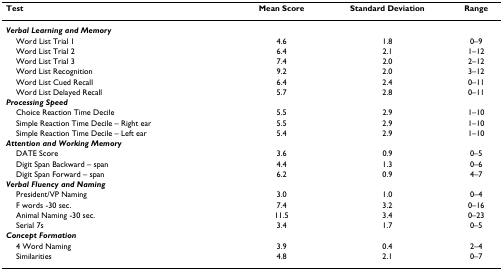
<table><thead><tr><td><b>Test</b></td><td><b>Mean Score</b></td><td><b>Standard Deviation</b></td><td><b>Range</b></td></tr></thead><tbody><tr><td><b><i>Verbal Learning and Memory</i></b></td><td></td><td></td><td></td></tr><tr><td> Word List Trial 1</td><td>4.6</td><td>1.8</td><td>0–9</td></tr><tr><td> Word List Trial 2</td><td>6.4</td><td>2.1</td><td>1–12</td></tr><tr><td> Word List Trial 3</td><td>7.4</td><td>2.0</td><td>2–12</td></tr><tr><td> Word List Recognition</td><td>9.2</td><td>2.0</td><td>3–12</td></tr><tr><td> Word List Cued Recall</td><td>6.4</td><td>2.4</td><td>0–11</td></tr><tr><td> Word List Delayed Recall</td><td>5.7</td><td>2.8</td><td>0–11</td></tr><tr><td><b><i>Processing Speed</i></b></td><td></td><td></td><td></td></tr><tr><td> Choice Reaction Time Decile</td><td>5.5</td><td>2.9</td><td>1–10</td></tr><tr><td> Simple Reaction Time Decile – Right ear</td><td>5.5</td><td>2.9</td><td>1–10</td></tr><tr><td> Simple Reaction Time Decile – Left ear</td><td>5.4</td><td>2.9</td><td>1–10</td></tr><tr><td><b><i>Attention and Working Memory</i></b></td><td></td><td></td><td></td></tr><tr><td> DATE Score</td><td>3.6</td><td>0.9</td><td>0–5</td></tr><tr><td> Digit Span Backward – span</td><td>4.4</td><td>1.3</td><td>0–6</td></tr><tr><td> Digit Span Forward – span</td><td>6.2</td><td>0.9</td><td>4–7</td></tr><tr><td><b><i>Verbal Fluency and Naming</i></b></td><td></td><td></td><td></td></tr><tr><td> President/VP Naming</td><td>3.0</td><td>1.0</td><td>0–4</td></tr><tr><td> F words -30 sec.</td><td>7.4</td><td>3.2</td><td>0–16</td></tr><tr><td> Animal Naming -30 sec.</td><td>11.5</td><td>3.4</td><td>0–23</td></tr><tr><td> Serial 7s</td><td>3.4</td><td>1.7</td><td>0–5</td></tr><tr><td><b><i>Concept Formation</i></b></td><td></td><td></td><td></td></tr><tr><td> 4 Word Naming</td><td>3.9</td><td>0.4</td><td>2–4</td></tr><tr><td> Similarities</td><td>4.8</td><td>2.1</td><td>0–7</td></tr></tbody></table>